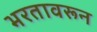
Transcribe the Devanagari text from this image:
भरतावरून